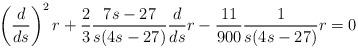
LaTeX: \begin{align*}\left(\frac{d}{ds}\right)^2r+\frac{2}{3}\frac{7s-27}{s(4s-27)}\frac{d}{ds}r-\frac{11}{900}\frac{1}{s(4s-27)}r=0\end{align*}